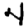
Digit: 4